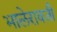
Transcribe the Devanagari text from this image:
भालेरावजी